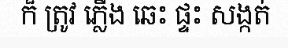
ក៏ ត្រូវ ភ្លើង ឆេះ ផ្ទះ សង្កត់